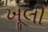
ખૂલી